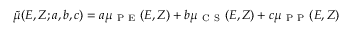
\tilde { \mu } ( E , Z ; a , b , c ) = a \mu _ { \mathrm { ~ P ~ E ~ } } ( E , Z ) + b \mu _ { \mathrm { ~ C ~ S ~ } } ( E , Z ) + c \mu _ { \mathrm { ~ P ~ P ~ } } ( E , Z )